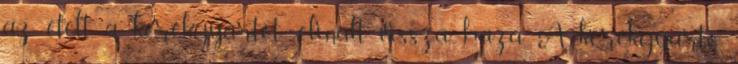
az ételt, a kerékgyártót: elinalt vissza haza. A kerékgyártó